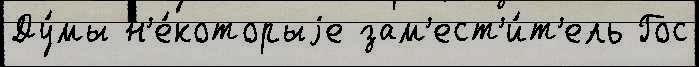
Ду́мы н'е́которыjе зам'ест'и́т'ель Гос